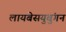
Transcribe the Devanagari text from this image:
लायबेसयुबुंगन